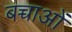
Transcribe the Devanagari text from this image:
बच्चाओं